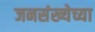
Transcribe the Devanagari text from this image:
जनसंख्येच्या